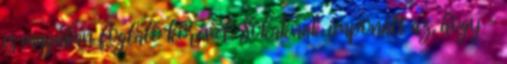
is magában foglaló körével. Sokaknak imponált az, hogy –